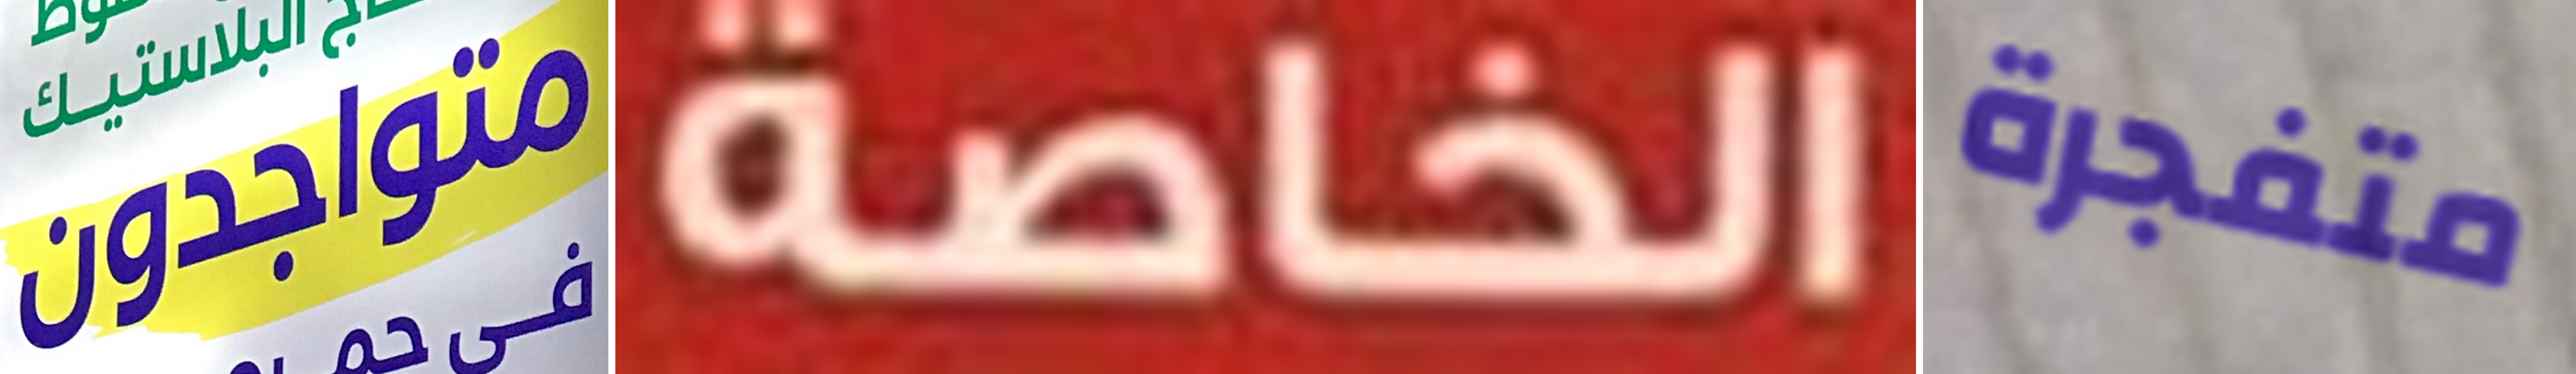
متواجدون الخاصة متفجرة